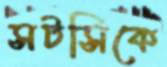
সটসিকে